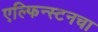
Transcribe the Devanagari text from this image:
एल्फिन्स्टनचा